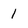
Character: 1